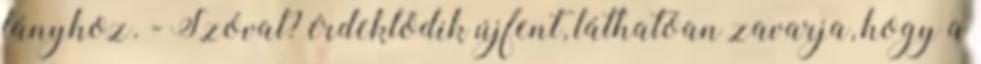
lányhoz. - Szóval? érdeklődik újfent, láthatóan zavarja, hogy a